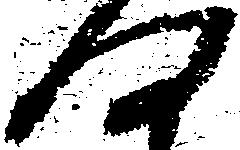
何